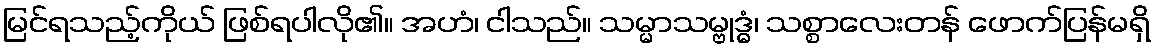
မြင်ရသည့်ကိုယ် ဖြစ်ရပါလို၏။ အဟံ၊ ငါသည်။ သမ္မာသမ္ဗုဒ္ဓံ၊ သစ္စာလေးတန် ဖောက်ပြန်မရှိ